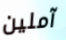
آملين